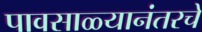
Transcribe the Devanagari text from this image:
पावसाळ्यानंतरचे